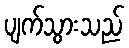
ပျက်သွားသည်